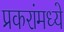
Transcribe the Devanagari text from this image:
प्रकरांमध्ये